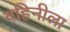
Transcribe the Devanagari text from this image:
वहिनीला